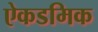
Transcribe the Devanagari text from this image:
ऐकडमिक